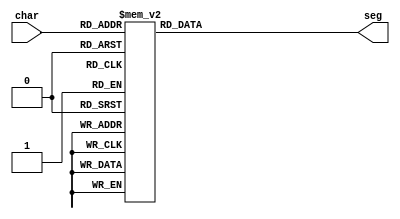
/*
   This file was generated automatically by Alchitry Labs version 1.2.1.
   Do not edit this file directly. Instead edit the original Lucid source.
   This is a temporary file and any changes made to it will be destroyed.
*/

module seven_seg_8 (
    input [3:0] char,
    output reg [7:0] seg
  );
  
  
  
  always @* begin
    
    case (char)
      1'h0: begin
        seg = 7'h3f;
      end
      1'h1: begin
        seg = 7'h06;
      end
      2'h2: begin
        seg = 7'h5b;
      end
      2'h3: begin
        seg = 7'h4f;
      end
      3'h4: begin
        seg = 7'h66;
      end
      3'h5: begin
        seg = 7'h6d;
      end
      3'h6: begin
        seg = 7'h7d;
      end
      3'h7: begin
        seg = 7'h07;
      end
      4'h8: begin
        seg = 7'h7f;
      end
      4'h9: begin
        seg = 7'h6f;
      end
      default: begin
        seg = 7'h00;
      end
    endcase
  end
endmodule